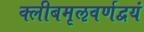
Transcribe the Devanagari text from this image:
क्लीबमृऌवर्णद्वयं